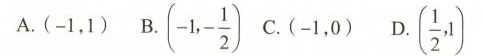
A.(-1，1)B.| $$(-1,- \frac{1}{2})$$ C.(-1，0)D $$(\frac{1}{2},1)$$